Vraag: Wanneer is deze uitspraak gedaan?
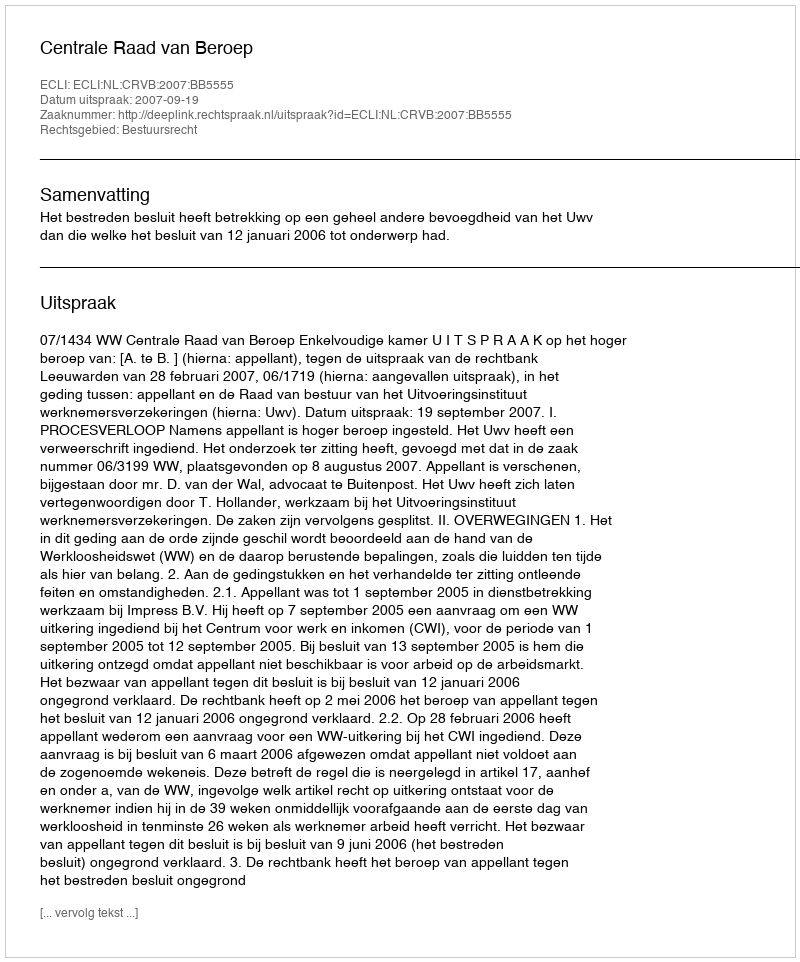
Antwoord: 2007-09-19